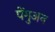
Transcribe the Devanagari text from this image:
पेंगुअन